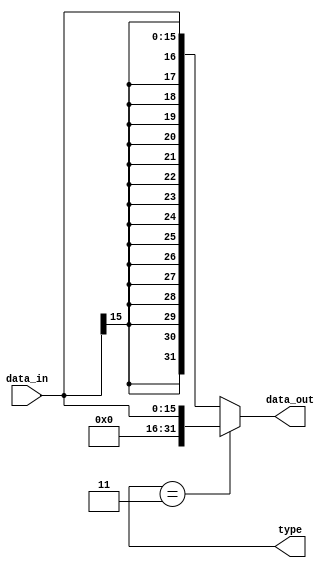
`timescale 1ns / 1ps
//////////////////////////////////////////////////////////////////////////////////
// Company: 
// Engineer: 
// 
// Design Name: 
// Module Name: signext
// Project Name: 
// Target Devices: 
// Tool Versions: 
// Description: 
// 
// Dependencies: 
// 
// Revision:
// Revision 0.01 - File Created
// Additional Comments:
// 
//////////////////////////////////////////////////////////////////////////////////


module signext(data_in,type,data_out); // change the input parameter(add the type)
	input  wire [15:0] data_in;
	output wire [1:0]  type;
	output wire [31:0] data_out;

	assign data_out = (type == 2'b11) ? {{16{1'b0}},data_in} :
					   					{{16{data_in[15]}},data_in};
endmodule